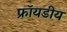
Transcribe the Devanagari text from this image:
फ्रॉयडीय